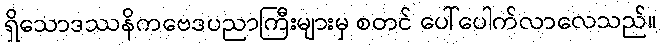
ရှိသောဒဿနိကဗေဒပညာကြီးများမှ စတင် ပေါ်ပေါက်လာလေသည်။